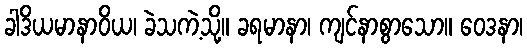
ခါဒိယမာနာဝိယ၊ ခဲသကဲ့သို့။ ခရမာနာ၊ ကျင်နာစွာသော။ ဝေဒနာ၊